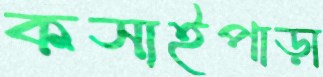
কসাইপাড়া